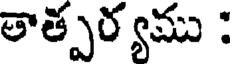
తాత్పర్యము :